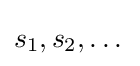
s_{1},s_{2},\dots